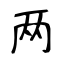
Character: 两